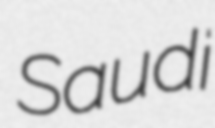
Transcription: Saudi